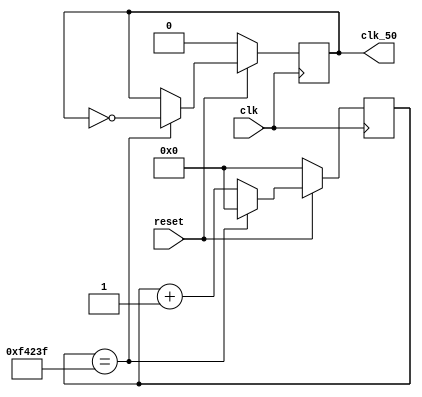
module clk_div_50 (clk, reset, clk_50);
  input clk, reset;
  output reg clk_50=0;
  
  reg [23:0] clk_cnt=0;
  
  always @ (posedge clk)
    if (!reset) begin
      clk_50 <= 0;
      clk_cnt <= 0;
    end
    else begin
      if (clk_cnt==24'd999999) begin
        clk_50 <= ~clk_50;
        clk_cnt <= 24'd0;
      end
      else begin
        clk_cnt <= clk_cnt+1;
      end
    end
endmodule